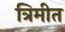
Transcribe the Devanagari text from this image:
त्रिमीत